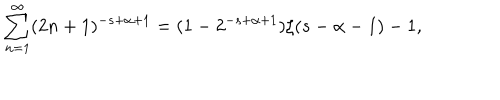
LaTeX: \sum _ { n = 1 } ^ { \infty } ( 2 n + 1 ) ^ { - s + \alpha + 1 } = ( 1 - 2 ^ { - s + \alpha + 1 } ) \zeta ( s - \alpha - 1 ) - 1 ,